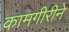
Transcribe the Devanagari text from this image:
कामगीरीने